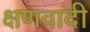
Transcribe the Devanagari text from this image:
क्षणवादी